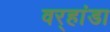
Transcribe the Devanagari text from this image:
वर्‍हांडा